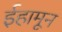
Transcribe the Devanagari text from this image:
ईहामून